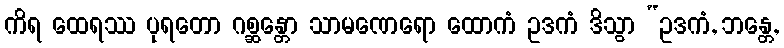
ကိရ ထေရဿ ပုရတော ဂစ္ဆန္တော သာမဏေရော ထောကံ ဥဒကံ ဒိသွာ “ဥဒကံ, ဘန္တေ,